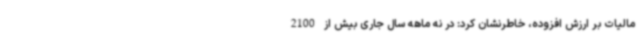
مالیات بر ارزش افزوده، خاطرنشان کرد: در نه ماهه سال جاری بیش از 2100